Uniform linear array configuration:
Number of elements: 12
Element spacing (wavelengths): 1
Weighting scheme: uniform
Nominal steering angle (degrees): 0
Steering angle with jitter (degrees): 0.8392
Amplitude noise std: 0.05
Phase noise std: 0.05

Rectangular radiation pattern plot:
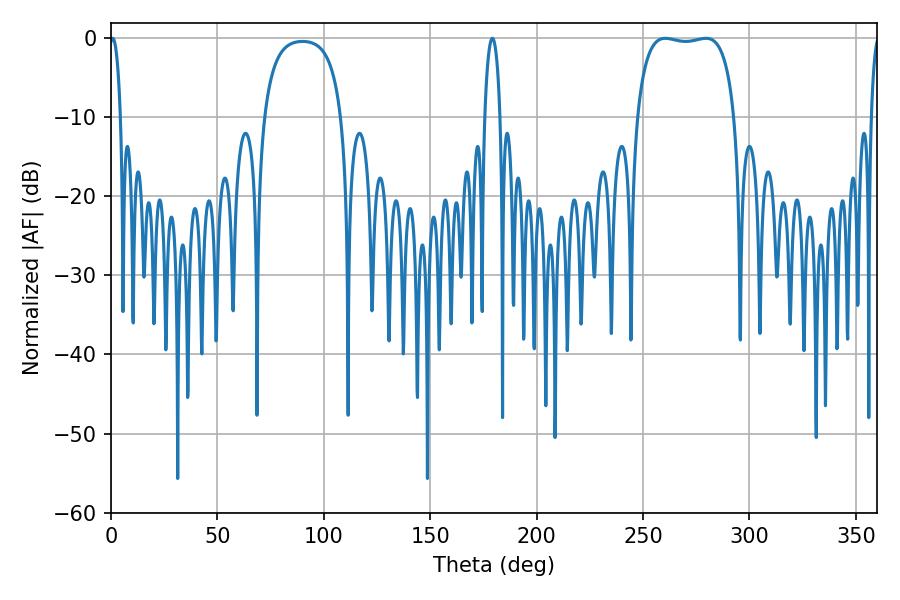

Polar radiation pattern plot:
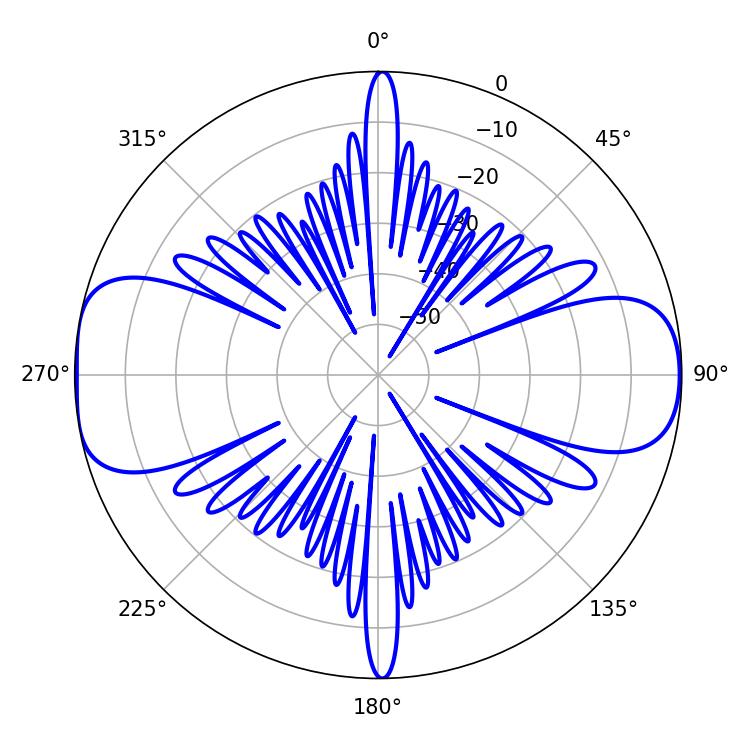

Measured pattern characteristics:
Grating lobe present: TRUE
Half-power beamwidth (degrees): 36.72
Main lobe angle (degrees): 260.46